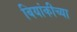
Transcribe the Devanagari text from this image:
बियांकीच्या